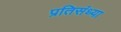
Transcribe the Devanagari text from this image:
प्रतिसंध्या